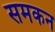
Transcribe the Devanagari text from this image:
समकन